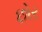
છોર